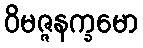
ဝိမဇ္ဇနက္ခမော